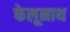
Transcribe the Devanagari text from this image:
फेलूनाथ